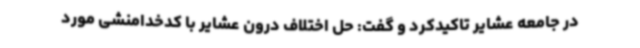
در جامعه عشایر تاکیدکرد و گفت: حل اختلاف درون عشایر با کدخدامنشی مورد